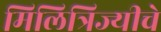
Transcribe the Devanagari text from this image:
मिलित्रिज्यीचे